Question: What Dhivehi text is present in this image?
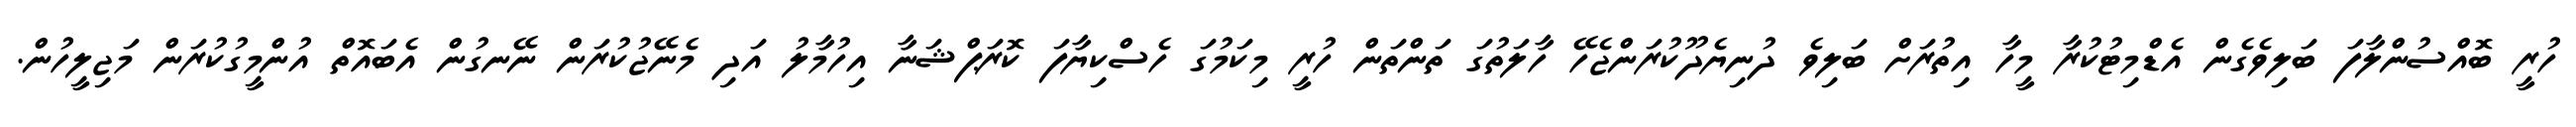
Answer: ހުރީ ބޮއްސުންލާފަ ބަލިވެގެން އެޑްމިޓުކުރާ މީހާ އިތުރަށް ބަލިވެ ދުނިޔެދޫކުރަންޖެހޭ ހާލަތުގަ ތަންތަން ހުރީ މިކަމުގަ ހެސްކިޔާފަ ކޮރަޕްޝަނާ އިހުމާލު އަދި މެނޭޖުކުރަން ނޭނގުން އެބައޮތް އުންމީގުކުރަން މަޖިލީހުން.